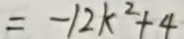
= - 1 2 k ^ { 2 } + 4